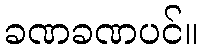
ခဏခဏပင်။